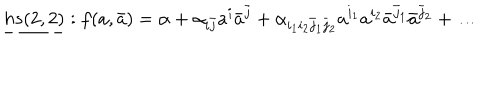
LaTeX: \underline { { { h s ( 2 , 2 ) } } } : f ( a , \bar { a } ) = \alpha + \alpha _ { i \bar { j } } a ^ { i } \bar { a } ^ { \bar { j } } + \alpha _ { i _ { 1 } i _ { 2 } \bar { j } _ { 1 } \bar { j } _ { 2 } } a ^ { i _ { 1 } } a ^ { i _ { 2 } } \bar { a } ^ { \bar { j } _ { 1 } } \bar { a } ^ { \bar { j } _ { 2 } } + \ldots